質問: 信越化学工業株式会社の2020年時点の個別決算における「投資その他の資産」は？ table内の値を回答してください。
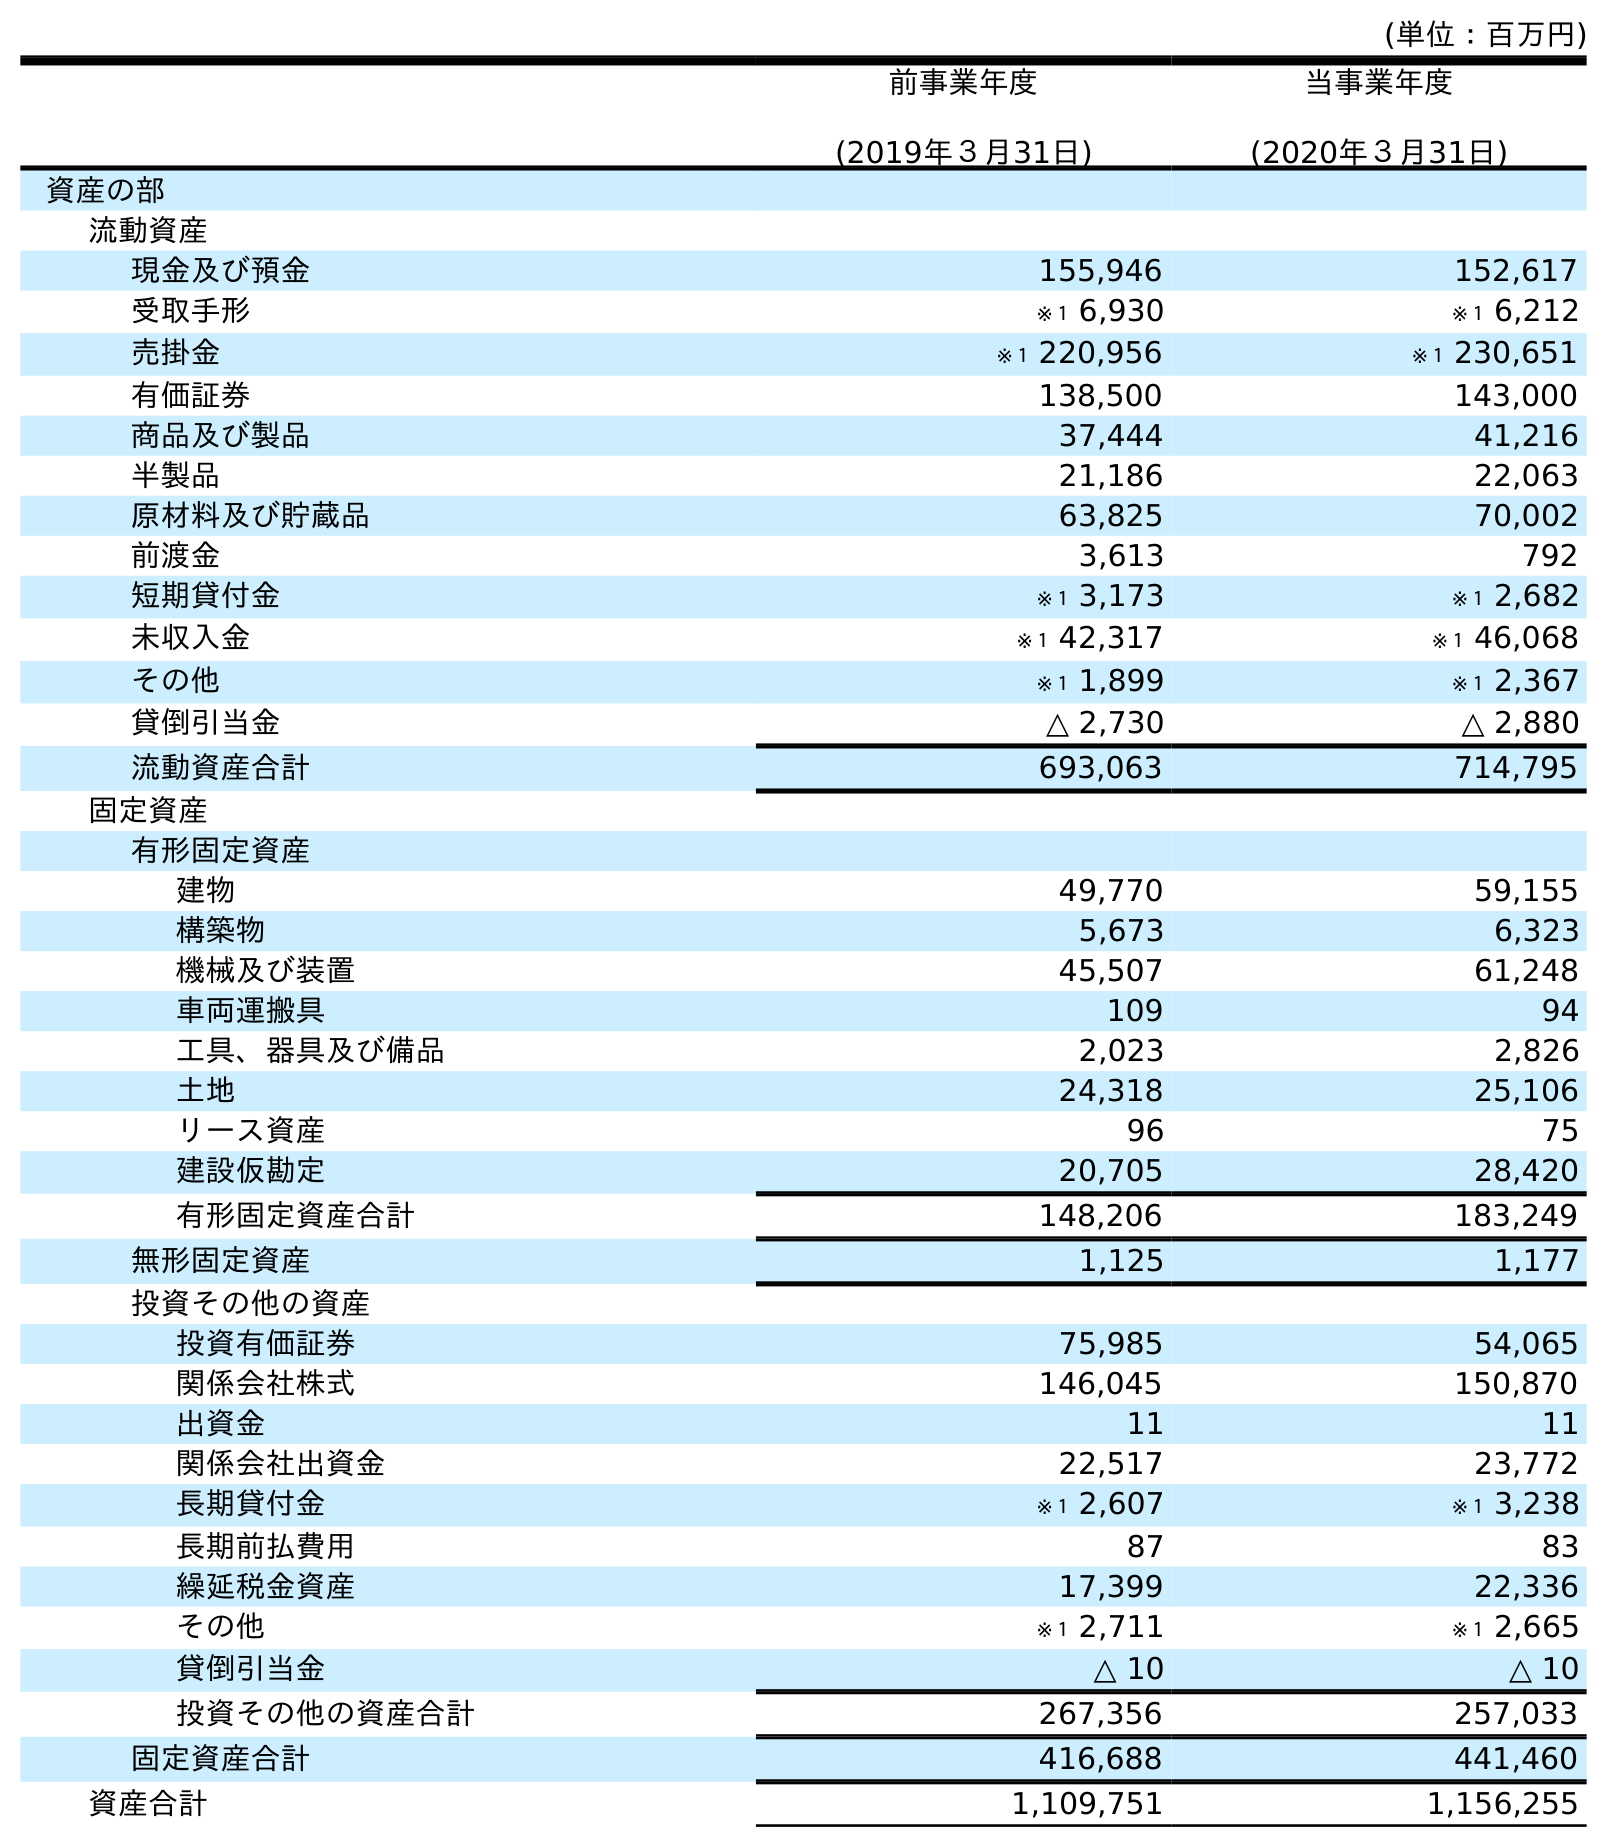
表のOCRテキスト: (単位：百万円) 前事業年度 (2019年３月31日) 当事業年度 (2020年３月31日) 資産の部 流動資産 現金及び預金 155,946 152,617 受取手形 ※１ 6,930 ※１ 6,212 売掛金 ※１ 220,956 ※１ 230,651 有価証券 138,500 143,000 商品及び製品 37,444 41,216 半製品 21,186 22,063 原材料及び貯蔵品 63,825 70,002 前渡金 3,613 792 短期貸付金 ※１ 3,173 ※１ 2,682 未収入金 ※１ 42,317 ※１ 46,068 その他 ※１ 1,899 ※１ 2,367 貸倒引当金 △ 2,730 △ 2,880 流動資産合計 693,063 714,795 固定資産 有形固定資産 建物 49,770 59,155 構築物 5,673 6,323 機械及び装置 45,507 61,248 車両運搬具 109 94 工具、器具及び備品 2,023 2,826 土地 24,318 25,106 リース資産 96 75 建設仮勘定 20,705 28,420 有形固定資産合計 148,206 183,249 無形固定資産 1,125 1,177 投資その他の資産 投資有価証券 75,985 54,065 関係会社株式 146,045 150,870 出資金 11 11 関係会社出資金 22,517 23,772 長期貸付金 ※１ 2,607 ※１ 3,238 長期前払費用 87 83 繰延税金資産 17,399 22,336 その他 ※１ 2,711 ※１ 2,665 貸倒引当金 △ 10 △ 10 投資その他の資産合計 267,356 257,033 固定資産合計 416,688 441,460 資産合計 1,109,751 1,156,255
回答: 257,033